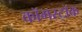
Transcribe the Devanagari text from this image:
कॉमस्टॉक